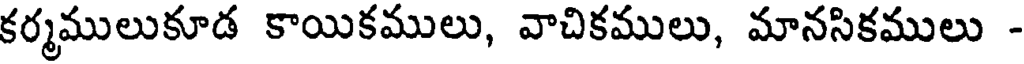
కర్మములుకూడ కాయికములు, వాచికములు, మానసికములు -